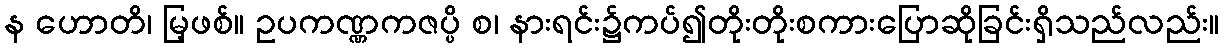
န ဟောတိ၊ မြ့ဖစ်။ ဥပကဏ္ဏကဇပ္ပိ စ၊ နားရင်း၌ကပ်၍တိုးတိုးစကားပြောဆိုခြင်းရှိသည်လည်း။